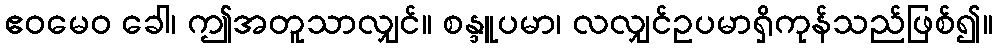
ဧဝမေဝ ခေါ၊ ဤအတူသာလျှင်။ စန္ဒူပမာ၊ လလျှင်ဥပမာရှိကုန်သည်ဖြစ်၍။